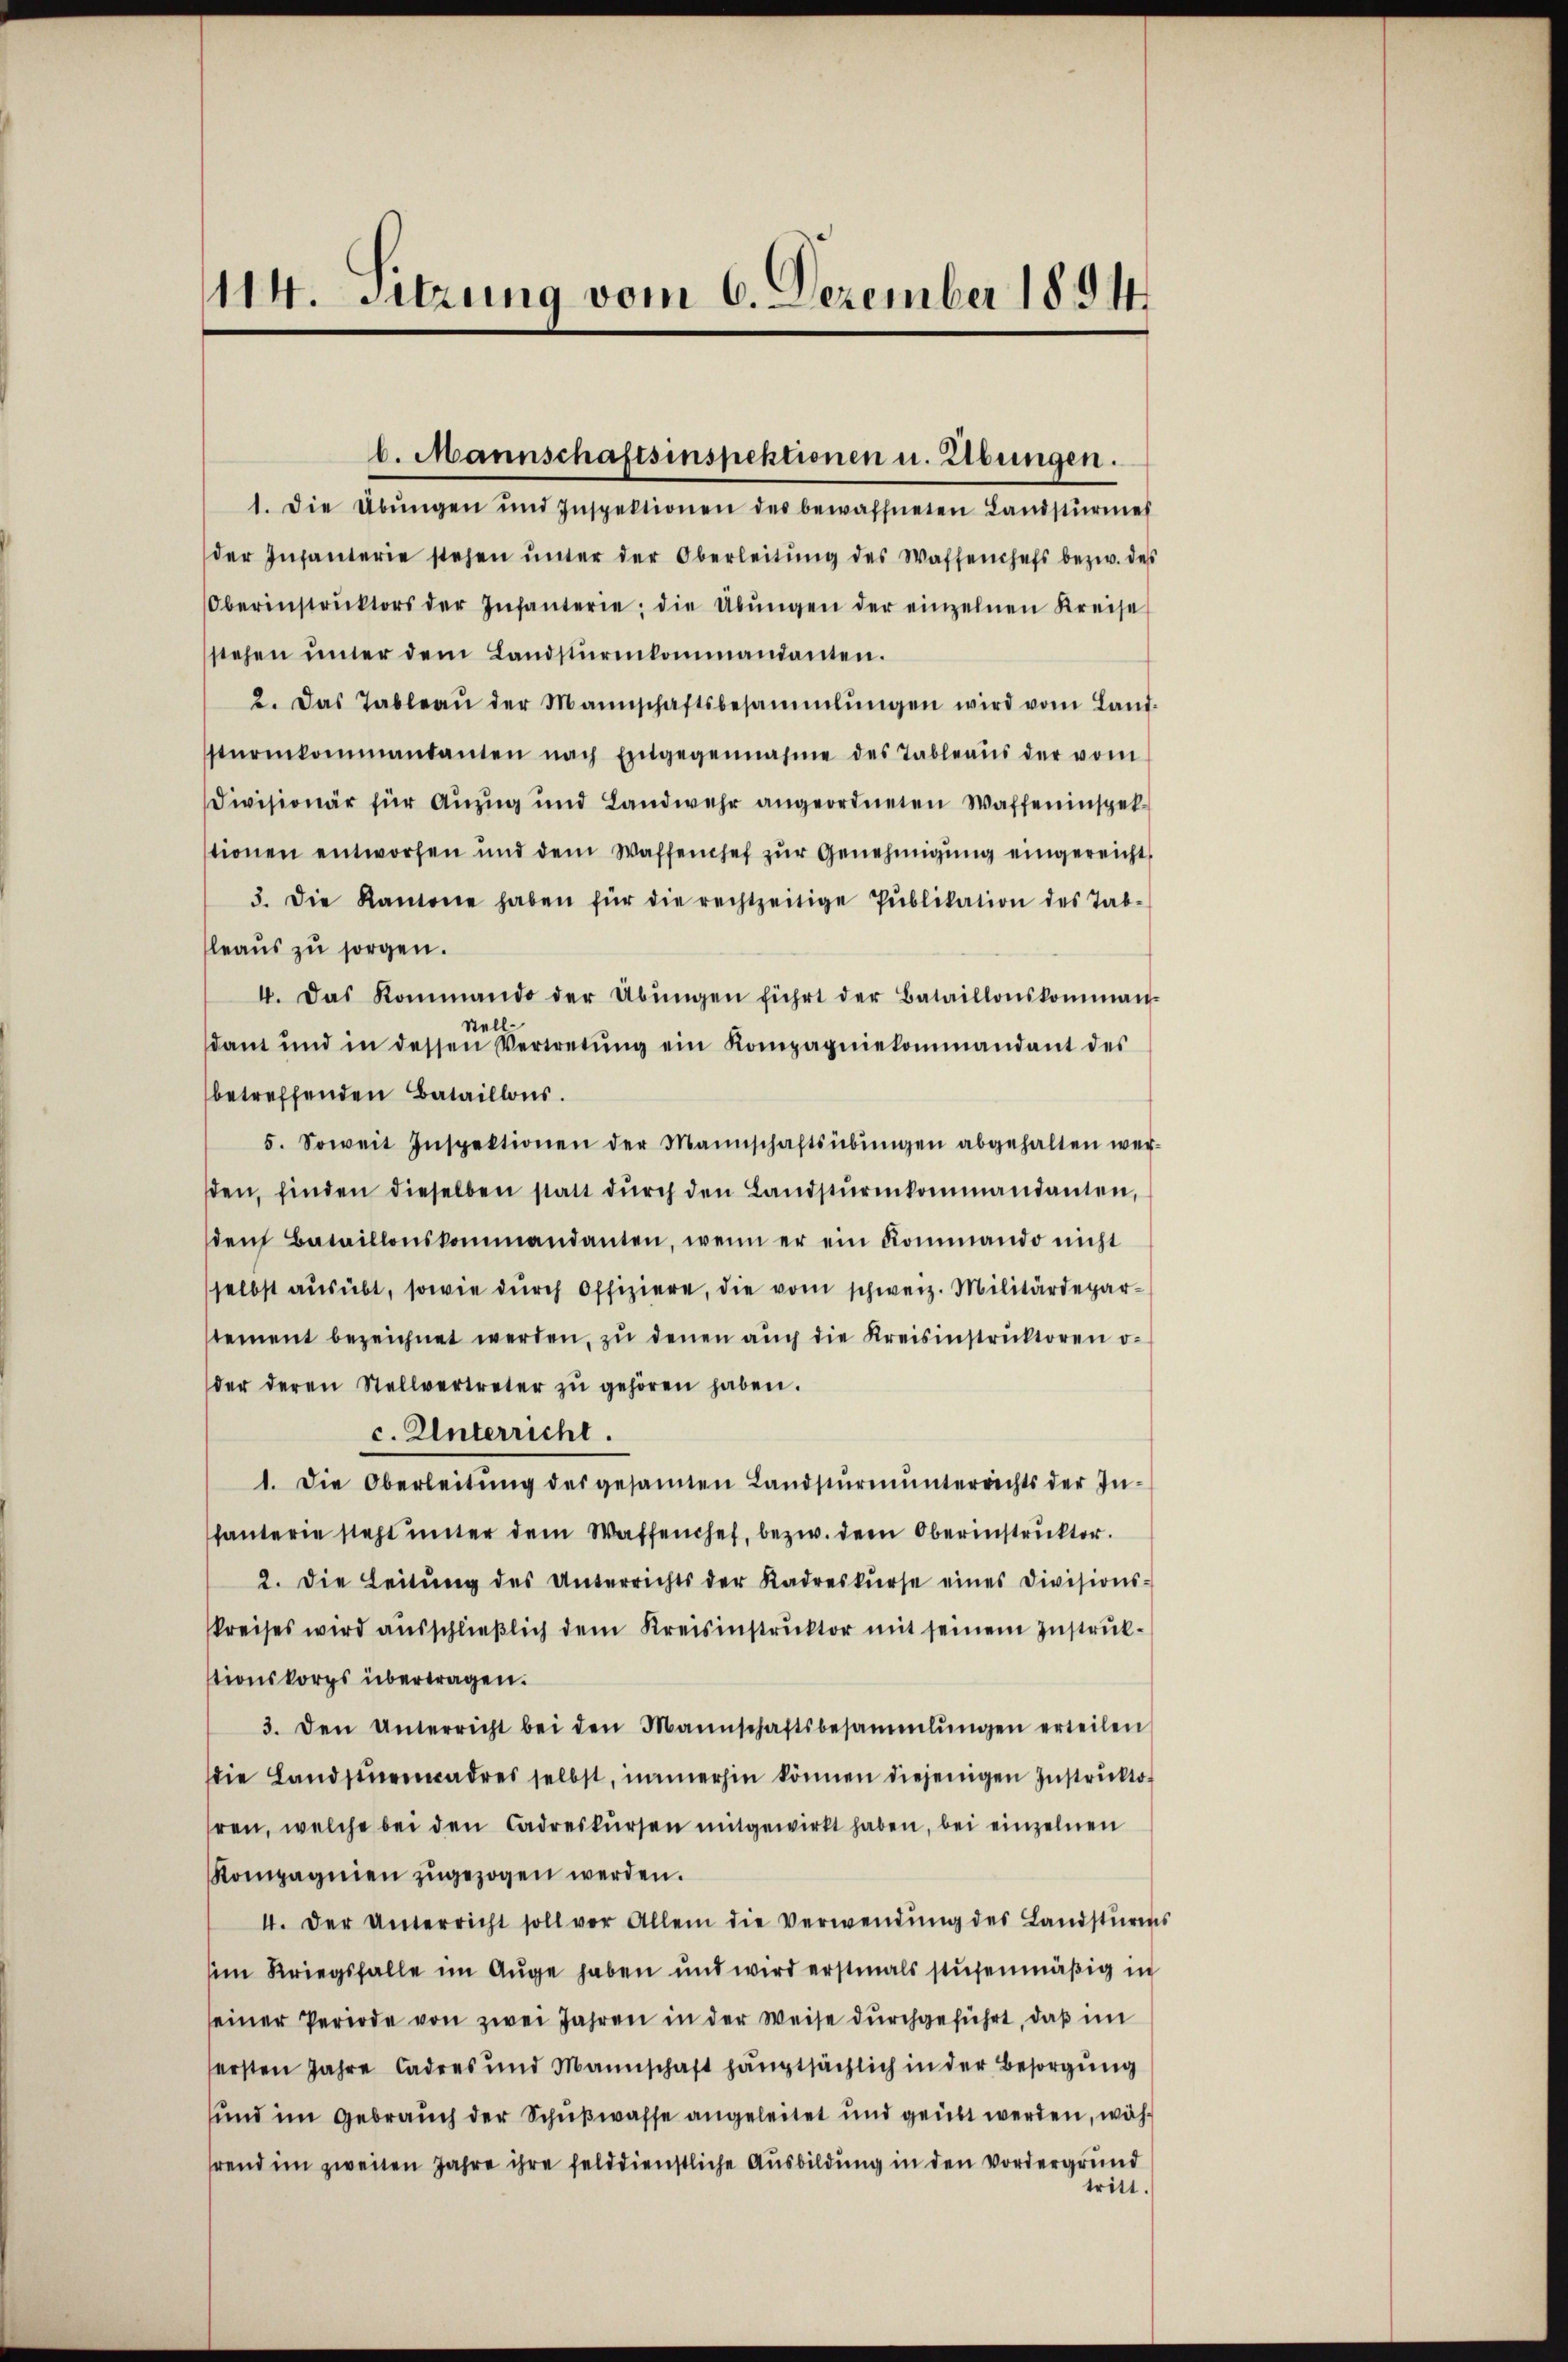
114. Sitzung vom 6. Dezember 1894

1. Die Übungen und Inspektionen des bewaffneten Landstürmes
der Infanterie stehen ŭnter der Oberleitŭng des Waffenchefs bezw. des
Oberinstrŭktors der Infanterie, die Übŭngen der einzelnen Kreise
stehen ŭnter dem Landstürmkommandanten.
2. Das Tableau der Mannschaftsbesammlungen wird vom Land-
sturmkommantanten nach Entgegennahme des Tableaus der vom
Divisionär für Anzug und Landwehr angeordneten Waffeninspekstionen entworfen und dem Waffenchef zur Genehmigung eingereicht
3. Die Kantone haben für die rechtzeitige Pŭblikation des Tab-
leaus zu sorgen.
4. Das Kommando der Übungen führt der Bataillonskommen-
Stell
dant und in dessen Vertretŭng ein Kompagniekommandant des
betreffenden Bataillons.
5. Soweit Inspektionen der Mannschaftsübŭngen abgehalten wer-
den, finden dieselben statt dŭrch den Landstŭrmkommandanten,
dem Bataillonskommandanten, wenn er ein Kommando nicht
selbst aŭsübt, sowie dŭrch Offiziere, die vom schweiz. Militärdepar-
stement bezeichnet werden, zŭ denen aŭch die Kreisinstruktoren o
der deren Stellvertreter zŭ gehören haben.
c. Unterricht.
1. Die Oberleitŭng des gesamten Landstŭrmŭnterrichts der In-
fanterie steht unter dem Waffenhef, bezw. dem Oberinstruktor.
2. Die Leitŭng des Unterrichts der Kadreskŭrse eines Divisions-
kreises wird ausschließlich dem Kreisinstruktor mit seinem Instruktionskorps übertragen.
3. den Unterricht bei den Mannschaftsbesammlŭngen erteilen
die Landsinen adres selbst, immerhin können diejenigen Instruktoren, welche bei den Cadreskursen mitgewirkt haben, bei einzelnen
Kompagnien zŭgezogen werden.
4. Der Unterricht soll vor Allem die Verwendŭng des Landsturms
im Kriegsfalle im Auge haben und wird erstmals stufenmäßig in
seiner Periode von zwei Jahren in der Weise durchgeführt, daß im
ersten Jahre Cadres und Mannschaft hauptsächlich in der Besorgung
und im Gebrauch der Schußwasse angeleitet und geübt werden, während im zweiten Jahre ihre felddienstliche Ausbildung in den Vordergrund
tritt.

b. Mannschaftsinspektionen u. Libungen.